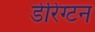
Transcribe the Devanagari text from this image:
डेरिंग्टन